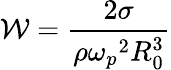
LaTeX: {\cal W}=\frac{2\sigma}{\rho{\omega_{p}}^{2}R_{0}^{3}}